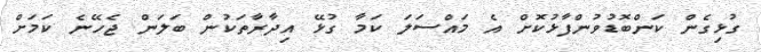
ގުޅިގެން ކަންބޮޑުވުންފާޅުކޮށް އެ މައްސަލަ ކަމާ ގުޅޭ އިދާރާތަކުން ބަލަން ޖެހޭނެ ކަމަށް